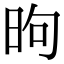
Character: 昫